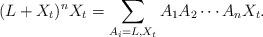
LaTeX: \begin{align*}(L+X_t)^nX_t=\sum_{A_i=L,X_t} A_1 A_2 \cdots A_n X_t.\end{align*}